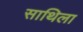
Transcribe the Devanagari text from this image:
साथिला